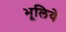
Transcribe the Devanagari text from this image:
भूलिये